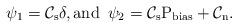
LaTeX: \begin{align*}\psi_1=\mathcal{C}_{\rm s}\delta, \rm{and}\,\,\, \psi_2=\mathcal{C}_{\rm s}P_{\rm bias}+\mathcal{C}_{\rm n}.\end{align*}